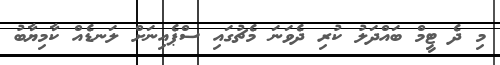
މި ދެ ޓީމް ބައްދަލު ކުރި ދެވަނަ މެޗުގައި ސްޕެއިނަށް ލަނޑެއް ކާމިޔާބު